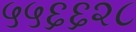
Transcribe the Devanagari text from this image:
५५६६२८